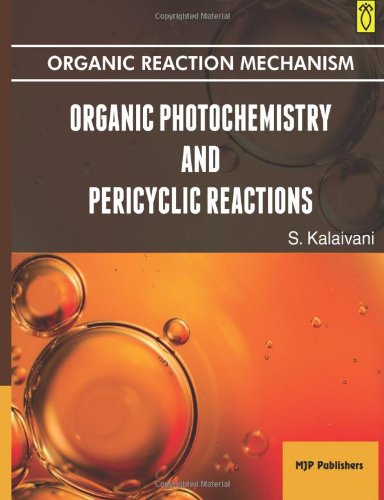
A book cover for Organic Photochemistry and Pericyclic Reactions; s Kalaivani; Science & Math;